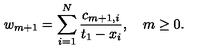
w _ { m + 1 } = \sum _ { i = 1 } ^ { N } { \frac { c _ { m + 1 , i } } { t _ { 1 } - x _ { i } } } , \quad m \ge 0 .